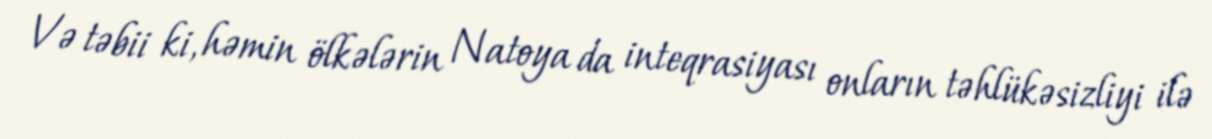
Və təbii ki, həmin ölkələrin Natoya da inteqrasiyası onların təhlükəsizliyi ilə